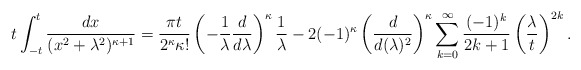
\begin{align*}t\int_{-t}^t \frac{dx}{(x^2+\lambda^2)^{\kappa+1}} = \frac{\pi t}{2^\kappa\kappa!} \left(-\frac{1}{\lambda}\frac{d}{d\lambda}\right)^\kappa\frac{1}{\lambda} - 2(-1)^\kappa\left(\frac{d}{d(\lambda)^2}\right)^\kappa \sum_{k=0}^\infty\frac{(-1)^k}{2k+1}\left(\frac{\lambda}{t}\right)^{2k}.\end{align*}